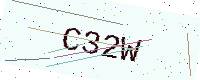
Text: C32W